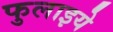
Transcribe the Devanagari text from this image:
फुलाइये